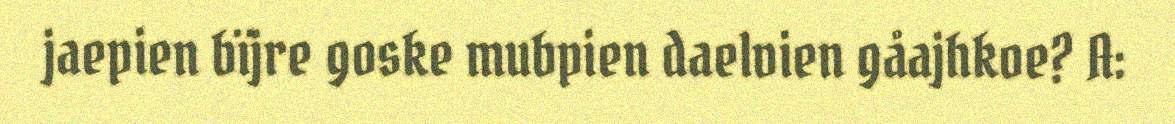
jaepien bïjre goske mubpien daelvien gåajhkoe? A: